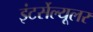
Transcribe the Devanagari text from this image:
इंटर्सेल्यूलर